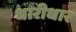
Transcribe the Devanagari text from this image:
धारीधार